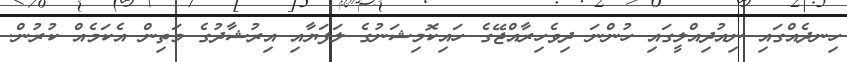
ހިނދެއްގައި ނިއުދިއްލީގައި ހުންނަ ދިވެހިރާއްޖޭގެ ހައިކޮމިޝަނުގެ ލަފަޔާއި އިރުޝާދުގެ މަތިން އެކަމެއް ކުރުން.